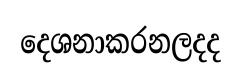
දෙශනාකරනලදද